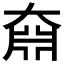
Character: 𡙆